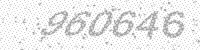
Solution: 960646